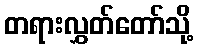
တရားလွှတ်တော်သို့